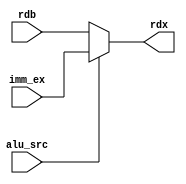
module  alu_mux(rdb, imm_ex, rdx, alu_src);
	input alu_src;
	input [31:0] rdb;
	input [31:0] imm_ex;
	output reg [31:0] rdx;

	always@(*)
	begin
		if(alu_src == 1'b0) begin
			rdx = rdb;
		end			
        else begin
			rdx = imm_ex;
		end
	end
endmodule